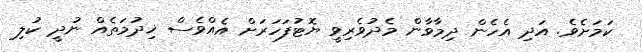
ކަމަށެވެ. އަދި އެހެން ދިމާވާން މެދުވެރިވީ ޔޮޓުފަހަރަށް އެއްވެސް ޚިދުމަތެއް ނުދީ ކުލި